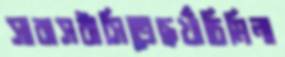
সারাসঠাসিতেছখাঁচিমিনা